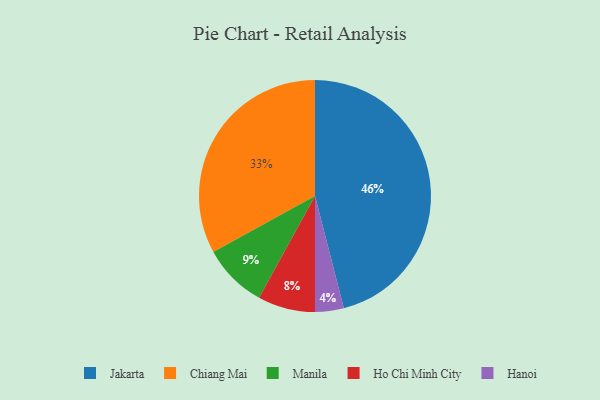
{"axis": {"x": "Category", "y": "Percentage"}, "legend": ["Chiang Mai", "Hanoi", "Ho Chi Minh City", "Jakarta", "Manila"], "data": [{"x": "Hanoi", "y": 4, "type": "Hanoi"}, {"x": "Manila", "y": 9, "type": "Manila"}, {"x": "Ho Chi Minh City", "y": 8, "type": "Ho Chi Minh City"}, {"x": "Chiang Mai", "y": 33, "type": "Chiang Mai"}, {"x": "Jakarta", "y": 46, "type": "Jakarta"}]}